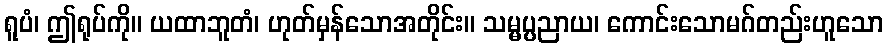
ရူပံ၊ ဤရုပ်ကို။ ယထာဘူတံ၊ ဟုတ်မှန်သောအတိုင်း။ သမ္မပ္ပညာယ၊ ကောင်းသောမဂ်တည်းဟူသော